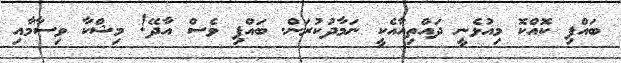
ބައްޕި ކޮއްކޮ މިއުޅެނީ ދައްތިއާއެކީ ނަމާދުކުރަން. ބައްޕި ވެސް އާދޭ! މިޝްކާ ވިސާމާއި